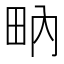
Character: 𤱅